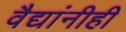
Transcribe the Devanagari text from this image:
वैद्यांनीही